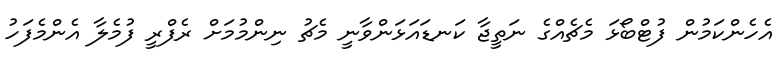
އެހެންކަމުން ފުޓްބޯޅަ މެޗެއްގެ ނަތީޖާ ކަނޑައަޅަންވާނީ މެޗު ނިންމުމަށް ރެފްރީ ފުމެލާ އެންމެފަހު